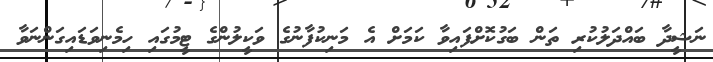
ނަޝީދާ ބައްދަލުކުރި ތަން ބަގުކޮށްފައިވާ ކަމަށް އެ މަނިކުފާނުގެ ވަކީލުންގެ ޓީމުގައި ހިމެނިވަޑައިގަންނަވާ